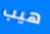
هيب